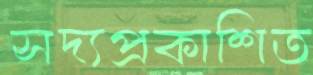
সদ্যপ্রকাশিত